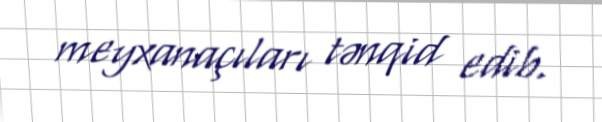
meyxanaçıları tənqid edib.